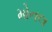
મોનલ